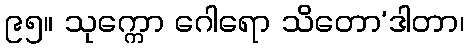
၉၅။ သုက္ကော ဂေါရော သိတော’ဒါတာ၊